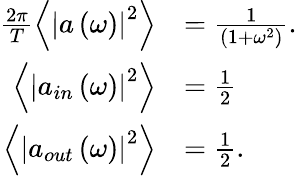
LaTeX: \begin{array}{rl}{\frac{2\pi}{T}\left\langle\left|a\left(\omega\right)\right|^{2}\right\rangle}&{=\frac{1}{\left(1+\omega^{2}\right)}.}\\ {\left\langle\left|a_{in}\left(\omega\right)\right|^{2}\right\rangle}&{=\frac{1}{2}}\\ {\left\langle\left|a_{out}\left(\omega\right)\right|^{2}\right\rangle}&{=\frac{1}{2}.}\end{array}